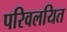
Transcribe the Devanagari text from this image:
परिवलयित